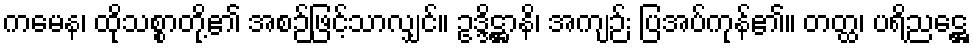
ကမေန၊ ထိုသစ္စာတို့၏ အစဉ်ဖြင့်သာလျှင်။ ဥဒ္ဒိဋ္ဌာနိ၊ အကျဉ်း ပြအပ်ကုန်၏။ တတ္ထ၊ ပရိညဋ္ဌေ